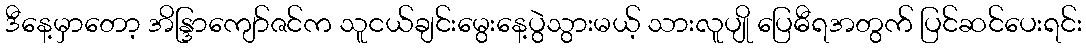
ဒီနေ့မှာတော့ အိန္ဒြာကျော်ဇင်က သူငယ်ချင်းမွေးနေ့ပွဲသွားမယ့် သားလူပျို ပြေဓီရအတွက် ပြင်ဆင်ပေးရင်း